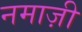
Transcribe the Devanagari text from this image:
नमाज़ी